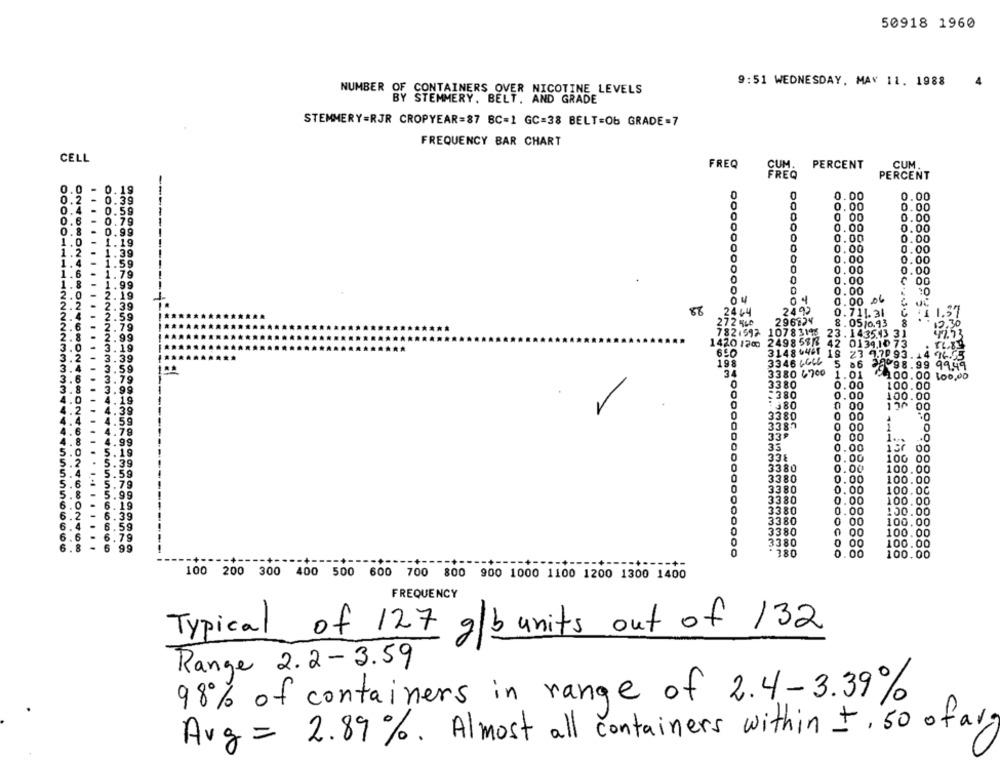
50918 1960
9:51 WEDNESDAY, MAY 11. 1988
CONTAINERS OVER NICOTINE LEVELS
NUMBER ST STEMMERY, BELT, AND GRADE
STEMMERY=RJR CROPYEAR=87 BC=1 GC=38 BELT=Ob GRADE-7
FREQUENCY BAR CHART
CELL
FREQ
PERCENT
CUM
FREQ
PERCENT
.0
0.19
0.
.2
0
0.00
0.00
0.39
0
0.00
0.59
0.00
0.79
0 00
0.00
0.00
0.00
0.99
0
1.
1.19
0.00
0.00
1
2
0
0.00
0.00
1.39
0.00
1.59
0.00
1.6
1.79
0.00
0.00
0.00
1111
8
1.99
2. 19
0.00
10
2
2. 39
0.00 06
88
.2444
2492
0.711.31
:4 1.37
2.59
2. 79
2729LO
296724
8.05/0.93
8
12.30
7821992
10783196 23. 1435.43 31
47.73
2.99
1420 178
3.19
2498 58 6 42 0139.10 73
3.39
650
3148 046 18 23 970 93 . 14 96.55
198
3346 16CL
5 86
32998.99 99.49
34
3380 4700
1.01
200. 00 100,00
0
3380
0.00
100.00
.380
0.00
100.00
0
: 380
00
17^ 00
3380
00
5ª
3381
0
4.79
339
4.99
00
.+0
33
1.00
00
1.19
336
0.00
100 00
5.39
5.59
3380
0.00
100.00
3380
0.00
100.00
5.79
6.99
3380
0.00
100.00
3380
0.00
100.00
6.19
3380
0.00
100.00
6.39
6.59
3380
0
00
100.00
3380
00
100.00
6.79
00
6.
6 99
3380
CO
100.00
0
380
0.00
100.00
100 200 300 400 500 600 700 800 900 1000 1100 1200 1300 1400
FREQUENCY
Typical of 127 g/b units out of 132
Range 2.2 - 3.59
98% of containers in range of 2.4-3.39%
Avg = 2.89%. Almost all containers within +. 50 ofary